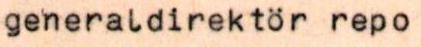
generaldirektör repo